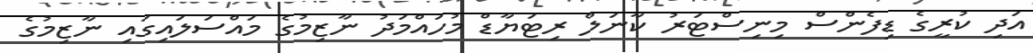
އަދި ކުރީގެ ޑިފެންސް މިނިސްޓަރު ކާނަލް ރިޓަޔާޑް މުހައްމަދު ނާޒިމުގެ މައްސަލައިގައި ނާޒިމުގެ